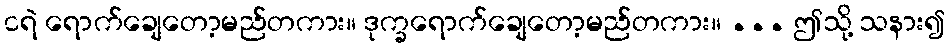
ငရဲ ရောက်ချေတော့မည်တကား။ ဒုက္ခရောက်ချေတော့မည်တကား။ ... ဤသို့ သနား၍